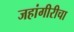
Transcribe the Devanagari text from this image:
जहांगीरीचा